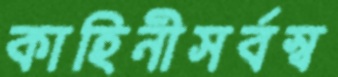
কাহিনীসর্বস্ব